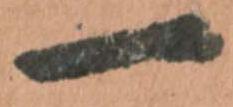
一